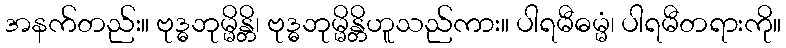
အနက်တည်း။ ဗုဒ္ဓဘုမ္မိန္တိ၊ ဗုဒ္ဓဘုမ္မိန္တိဟူသည်ကား။ ပါရမီဓမ္မံ၊ ပါရမီတရားကို။